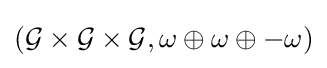
({\mathcal {G}}\times {\mathcal {G}}\times {\mathcal {G}},\omega \oplus \omega \oplus -\omega )